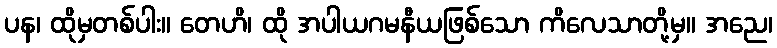
ပန၊ ထိုမှတစ်ပါး။ တေဟိ၊ ထို အပါယဂမနီယဖြစ်သော ကိလေသာတို့မှ။ အညေ၊